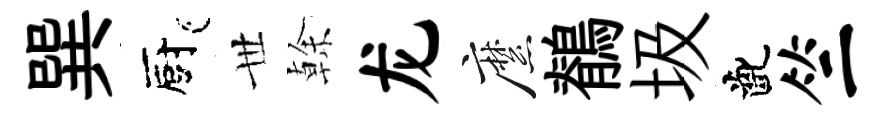
巽廚𠀍𠏉龙縻鶺圾齔竺